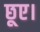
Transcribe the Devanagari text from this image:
छूए।